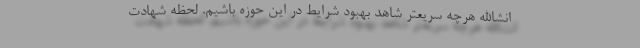
انشاالله هرچه سریعتر شاهد بهبود شرایط در این حوزه باشیم. لحظه شهادت